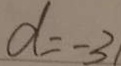
d = - 3 1